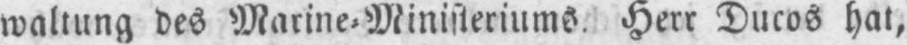
waltung des Marine⸗Ministeriums. Herr Ducos hat,